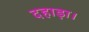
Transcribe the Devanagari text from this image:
दहाड़ा।